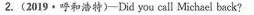
2.(2019·呼和浩特)-Did you call Michael back?